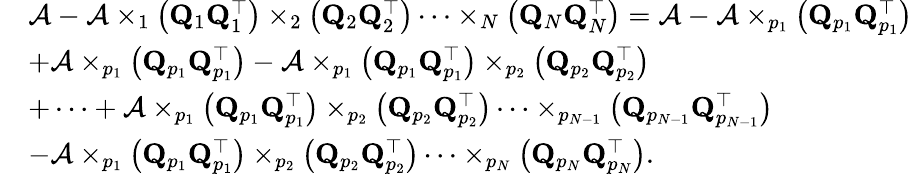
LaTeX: \begin{array}{rl}&{\mathcal{A}-\mathcal{A}\times_{1}\left({\mathbf Q}_{1}{\mathbf Q}_{1}^{\top}\right)\times_{2}\left({\mathbf Q}_{2}{\mathbf Q}_{2}^{\top}\right)\dots\times_{N}\left({\mathbf Q}_{N}{\mathbf Q}_{N}^{\top}\right)=\mathcal{A}-\mathcal{A}\times_{p_{1}}\left({\mathbf Q}_{p_{1}}{\mathbf Q}_{p_{1}}^{\top}\right)}\\ &{+\mathcal{A}\times_{p_{1}}\left({\mathbf Q}_{p_{1}}{\mathbf Q}_{p_{1}}^{\top}\right)-\mathcal{A}\times_{p_{1}}\left({\mathbf Q}_{p_{1}}{\mathbf Q}_{p_{1}}^{\top}\right)\times_{p_{2}}\left({\mathbf Q}_{p_{2}}{\mathbf Q}_{p_{2}}^{\top}\right)}\\ &{+\dots+\mathcal{A}\times_{p_{1}}\left({\mathbf Q}_{p_{1}}{\mathbf Q}_{p_{1}}^{\top}\right)\times_{p_{2}}\left({\mathbf Q}_{p_{2}}{\mathbf Q}_{p_{2}}^{\top}\right)\dots\times_{p_{N-1}}\left({\mathbf Q}_{p_{N-1}}{\mathbf Q}_{p_{N-1}}^{\top}\right)}\\ &{-\mathcal{A}\times_{p_{1}}\left({\mathbf Q}_{p_{1}}{\mathbf Q}_{p_{1}}^{\top}\right)\times_{p_{2}}\left({\mathbf Q}_{p_{2}}{\mathbf Q}_{p_{2}}^{\top}\right)\dots\times_{p_{N}}\left({\mathbf Q}_{p_{N}}{\mathbf Q}_{p_{N}}^{\top}\right).}\end{array}